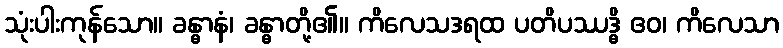
သုံးပါးကုန်သော။ ခန္ဓာနံ၊ ခန္ဓာတို့၏။ ကိလေသဒရထ ပတိပဿဒ္ဓိ ဧဝ၊ ကိလေသာ